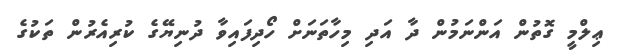
ޢިލްމީ ގޮތުން އަންނަމުން ދާ އަދި މިހާތަނަށް ހޯދިފައިވާ ދުނިޔޭގެ ކުރިއެރުން ތަކުގެ